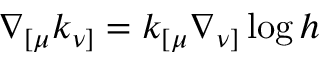
\nabla _ { [ \mu } k _ { \nu ] } = k _ { [ \mu } \nabla _ { \nu ] } \log h